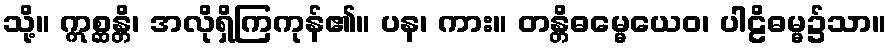
သို့။ ဣစ္ဆန္တိ၊ အလိုရှိကြကုန်၏။ ပန၊ ကား။ တန္တိဓမ္မေယေဝ၊ ပါဠိဓမ္မ၌သာ။